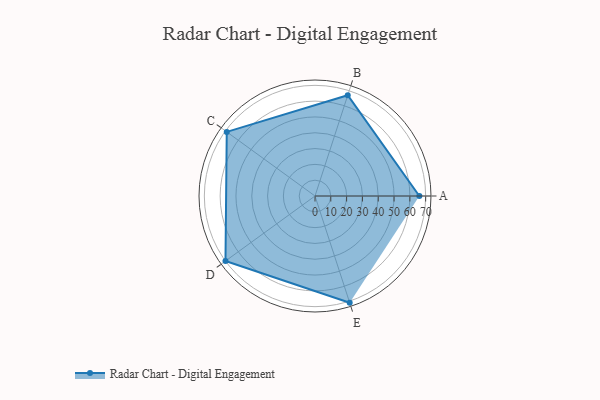
{"axis": {"x": "Skill", "y": "Score"}, "legend": ["Profile"], "data": [{"x": "A", "y": 66.0, "type": "Profile"}, {"x": "B", "y": 67.0, "type": "Profile"}, {"x": "C", "y": 69.0, "type": "Profile"}, {"x": "D", "y": 70.0, "type": "Profile"}, {"x": "E", "y": 71.0, "type": "Profile"}]}